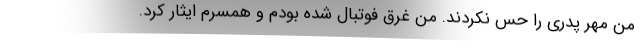
من مهر پدری را حس نکردند. من غرق فوتبال شده بودم و همسرم ایثار کرد.